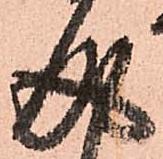
成